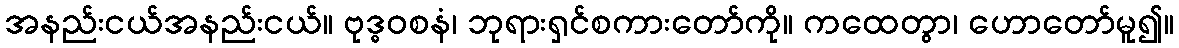
အနည်းငယ်အနည်းငယ်။ ဗုဒ္ဓဝစနံ၊ ဘုရားရှင်စကားတော်ကို။ ကထေတွာ၊ ဟောတော်မူ၍။